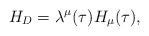
LaTeX: \begin{align*}H_D=\lambda^\mu(\tau)H_\mu(\tau), \end{align*}